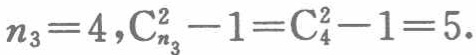
$n_{3}=4,\mathrm{C}_{n_{3}}^{2}-1=\mathrm{C}_{4}^{2}-1 = 5.$